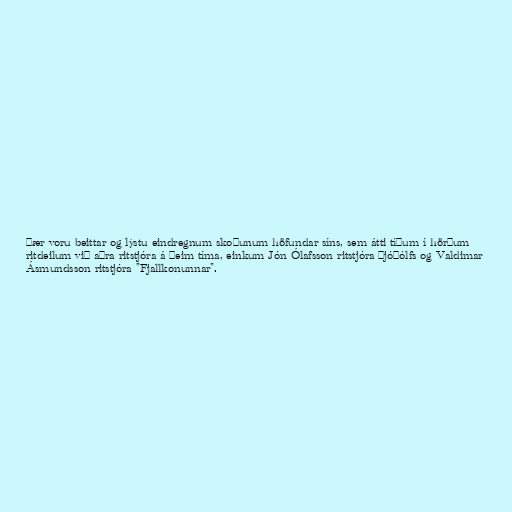
Þær voru beittar og lýstu eindregnum skoðunum höfundar síns, sem átti tíðum í hörðum
ritdeilum við aðra ritstjóra á þeim tíma, einkum Jón Ólafsson ritstjóra Þjóðólfs og Valdimar
Ásmundsson ritstjóra "Fjallkonunnar".